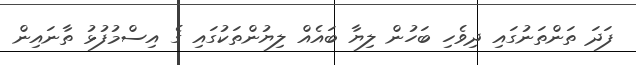
ފަދަ ތަންތަނުގައި ދިވެހި ބަހުން ލިޔާ ބައެއް ލިޔުންތަކުގައި ގެ އިސްމުފުޅު ތާނައިން